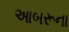
આબરૂના